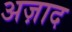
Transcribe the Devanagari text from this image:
अज़ाद